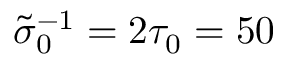
\tilde { \sigma } _ { 0 } ^ { - 1 } = 2 \tau _ { 0 } = 5 0